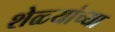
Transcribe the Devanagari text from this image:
शेळ्यांच्या